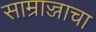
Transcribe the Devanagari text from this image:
साम्राज्जाचा